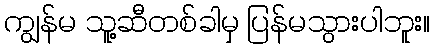
ကျွန်မ သူ့ဆီတစ်ခါမှ ပြန်မသွားပါဘူး။